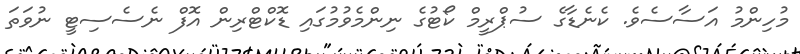
މުހިންމު އަސާސެވެ. ކެނެޑާގެ ސުޕްރީމް ކޯޓުގެ ނިންމެވުމުގައި ޑޮކްޓްރިން އޮފް ނެސެސިޓީ ނުވަތަ